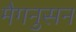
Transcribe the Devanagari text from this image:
मैगनुसन